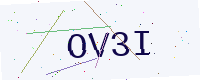
Text: OV3I